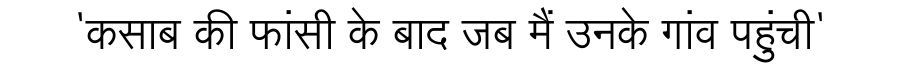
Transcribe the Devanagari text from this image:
'कसाब की फांसी के बाद जब मैं उनके गांव पहुंची'